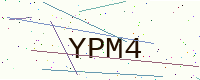
Text: YPM4